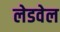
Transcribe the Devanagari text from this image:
लेडवेल